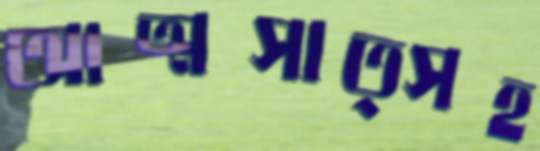
আত্মসাত্সহ